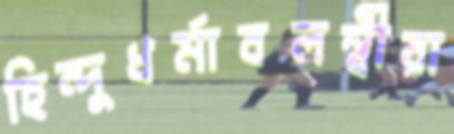
হিন্দুধর্মাবলম্বীরা